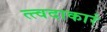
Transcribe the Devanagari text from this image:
त्त्वदाकारं